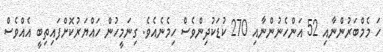
ހަ މެމްބަރުންނާއި 52 އަންހެނުންނާއި 270 ކުޑަކުދިންވެސް ހިމެނެއެވެ. ގިނަމީހުން ހައްޔަރުކޮށްފައިތިބީ އެއްވެސް